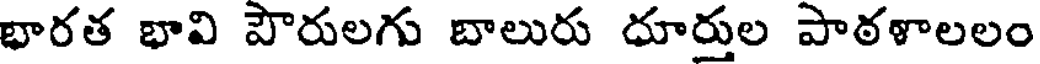
భారత భావి పౌరులగు బాలురు దూర్తుల పాఠళాలలం